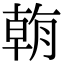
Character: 𣎍